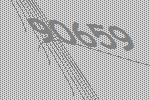
90659